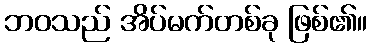
ဘဝသည် အိပ်မက်တစ်ခု ဖြစ်၏။